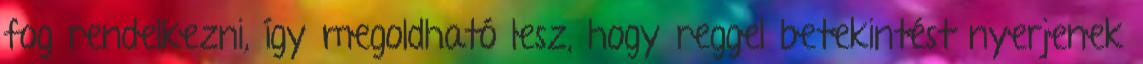
fog rendelkezni, így megoldható lesz, hogy reggel betekintést nyerjenek